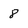
Character: 8